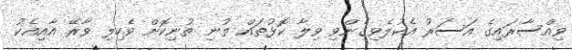
ވިއްސާރައިގެ އަސަރު އެކުލެވިގެންވި ވިލާ ކޮޅުތައް ތުނި ތުނިކޮށް ވެހިލި ވާރޭ އާއިއެކު